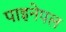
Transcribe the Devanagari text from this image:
पाइनेपल